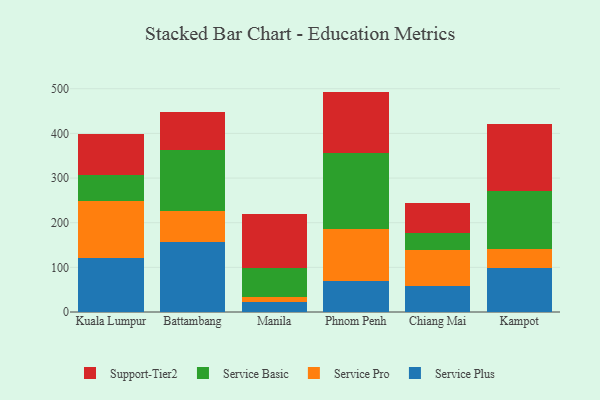
{"axis": {"x": "City", "y": "Population (Million)"}, "legend": ["Service Basic", "Service Plus", "Service Pro", "Support-Tier2"], "data": [{"x": "Kuala Lumpur", "y": 121.3, "type": "Service Plus"}, {"x": "Kuala Lumpur", "y": 127.0, "type": "Service Pro"}, {"x": "Kuala Lumpur", "y": 59.4, "type": "Service Basic"}, {"x": "Kuala Lumpur", "y": 90.6, "type": "Support-Tier2"}, {"x": "Battambang", "y": 156.8, "type": "Service Plus"}, {"x": "Battambang", "y": 70.0, "type": "Service Pro"}, {"x": "Battambang", "y": 136.7, "type": "Service Basic"}, {"x": "Battambang", "y": 84.7, "type": "Support-Tier2"}, {"x": "Manila", "y": 22.8, "type": "Service Plus"}, {"x": "Manila", "y": 11.3, "type": "Service Pro"}, {"x": "Manila", "y": 65.2, "type": "Service Basic"}, {"x": "Manila", "y": 119.6, "type": "Support-Tier2"}, {"x": "Phnom Penh", "y": 68.6, "type": "Service Plus"}, {"x": "Phnom Penh", "y": 116.2, "type": "Service Pro"}, {"x": "Phnom Penh", "y": 170.4, "type": "Service Basic"}, {"x": "Phnom Penh", "y": 138.4, "type": "Support-Tier2"}, {"x": "Chiang Mai", "y": 58.6, "type": "Service Plus"}, {"x": "Chiang Mai", "y": 80.7, "type": "Service Pro"}, {"x": "Chiang Mai", "y": 38.1, "type": "Service Basic"}, {"x": "Chiang Mai", "y": 66.7, "type": "Support-Tier2"}, {"x": "Kampot", "y": 99.5, "type": "Service Plus"}, {"x": "Kampot", "y": 42.7, "type": "Service Pro"}, {"x": "Kampot", "y": 129.3, "type": "Service Basic"}, {"x": "Kampot", "y": 148.8, "type": "Support-Tier2"}]}